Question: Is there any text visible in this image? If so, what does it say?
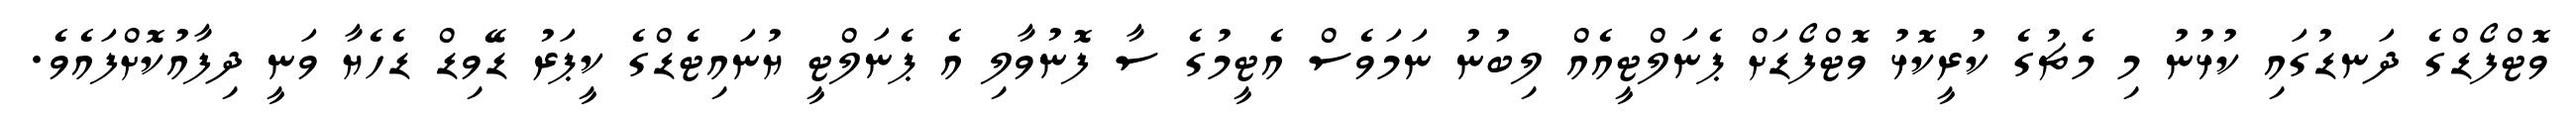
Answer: ވޮޓްފޯޑްގެ ދަނޑުގައި ކުޅުނު މި މެޗުގެ ކުރީކޮޅު ވޮޓްފޯޑަށް ޕެނަލްޓީއެއް ލިބުނު ނަމަވެސް އެޓީމުގެ ސާ ފޮނުވާލި އެ ޕެނަލްޓީ ޔުނައިޓެޑްގެ ކީޕަރު ޑޭވިޑް ޑެހެޔާ ވަނީ ދިފާއުކޮށްފައެވެ.